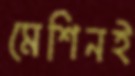
মেশিনই